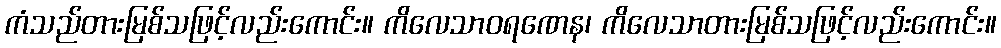
ကံသည်တားမြစ်သဖြင့်လည်းကောင်း။ ကိလေသာဝရဏေန၊ ကိလေသာတားမြစ်သဖြင့်လည်းကောင်း။